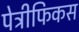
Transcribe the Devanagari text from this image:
पेट्रीफिकस